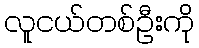
လူငယ်တစ်ဦးကို